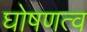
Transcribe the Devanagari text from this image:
घोषणत्व